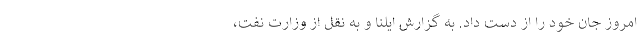
امروز جان خود را از دست داد. به گزارش ایلنا و به نقل از وزارت نفت،